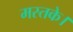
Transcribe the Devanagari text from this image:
मस्तके।